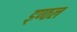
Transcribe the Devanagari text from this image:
ड्ण्ठल